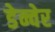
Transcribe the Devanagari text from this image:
डेन्वेर